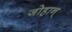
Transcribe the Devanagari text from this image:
जोहान्